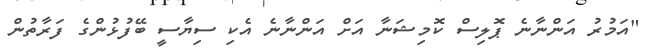
"އަމުރު އަންނާނެ ޕޮލިސް ކޮމިޝަނާ އަށް އަންނާނެ އެކި ސިޔާސީ ބޭފުޅުންގެ ފަރާތުން